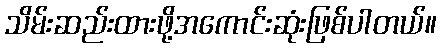
သိမ်းဆည်းထားဖို့အကောင်းဆုံးဖြစ်ပါတယ်။